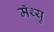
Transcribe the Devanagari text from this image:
मॅथ्यु